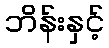
ဘိန်းနှင့်